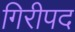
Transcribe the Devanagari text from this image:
गिरीपद